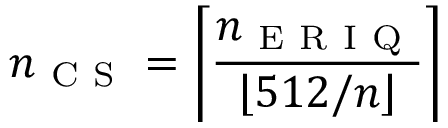
n _ { \mathrm { ~ C ~ S ~ } } = \left\lceil \frac { n _ { \mathrm { ~ E ~ R ~ I ~ Q ~ } } } { \left\lfloor 5 1 2 / n \right\rfloor } \right\rceil